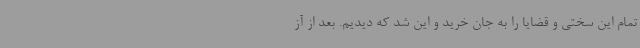
تمام این سختی و قضایا را به جان خرید و این شد که دیدیم. بعد از آز